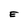
Character: E